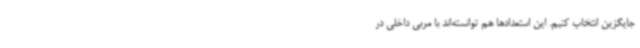
جایگزین انتخاب کنیم. این استعدادها هم توانسته‌اند با مربی داخلی در